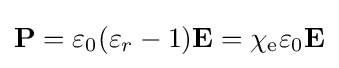
\mathbf {P} =\varepsilon _{0}(\varepsilon _{r}-1)\mathbf {E} =\chi _{\text{e}}\varepsilon _{0}\mathbf {E}